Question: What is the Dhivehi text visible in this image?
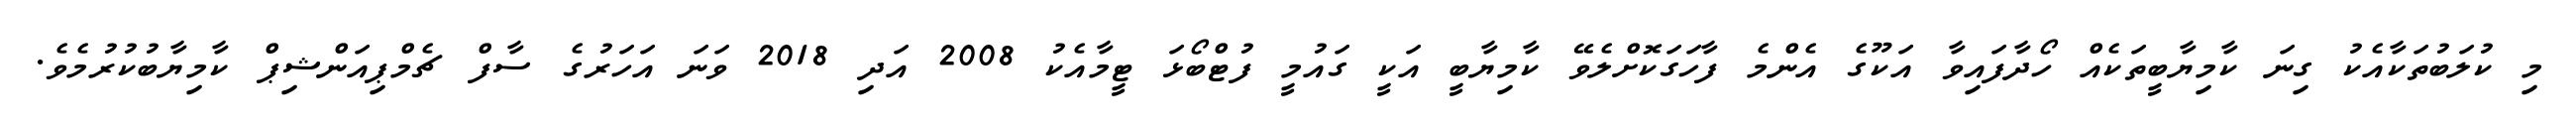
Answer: މި ކުލަބުތަކާއެކު ގިނަ ކާމިޔާބީތަކެއް ހޯދާފައިވާ އަކޫގެ އެންމެ ފާހަގަކޮށްލެވޭ ކާމިޔާބީ އަކީ ގައުމީ ފުޓްބޯޅަ ޓީމާއެކު 2008 އަދި 2018 ވަނަ އަހަރުގެ ސާފް ޗެމްޕިއަންޝިޕް ކާމިޔާބުކުރުމެވެ.